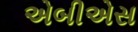
એબીએસ